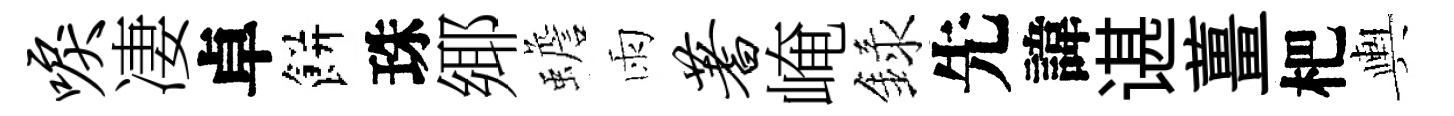
唳凄卓餅珠鄊蟾雨蓍崦録先諱谌薑杷輿